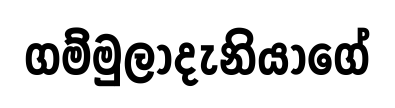
ගම්මුලාදැනියාගේ